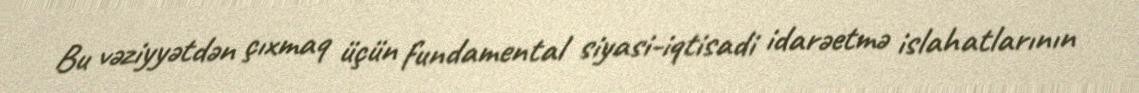
Bu vəziyyətdən çıxmaq üçün fundamental siyasi-iqtisadi idarəetmə islahatlarının